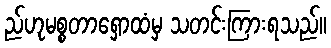
ည်ဟုမစ္စတာရှောထံမှ သတင်းကြားရသည်။